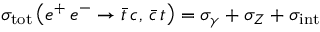
\sigma _ { \mathrm { t o t } } \left( e ^ { + } \, e ^ { - } \rightarrow \bar { t } \, c , \, \bar { c } \, t \right) = \sigma _ { \gamma } + \sigma _ { Z } + \sigma _ { \mathrm { i n t } }